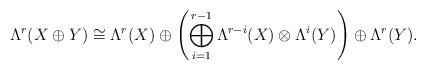
LaTeX: \begin{align*} \Lambda^r(X \oplus Y) \cong \Lambda^r(X) \oplus \left( \bigoplus_{i=1}^{r-1} \Lambda^{r-i}(X) \otimes \Lambda^i(Y) \right)\oplus \Lambda^r(Y). \end{align*}